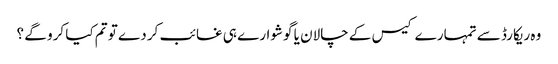
وہ ریکارڈ سے تمہارے کیس کے چالان یا گوشوارے ہی غائب کر دے تو تم کیا کرو گے ؟